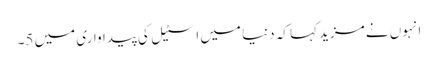
انہوں نے مزید کہا کہ دنیا میں اسٹیل کی پیداواری میں 5۔